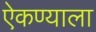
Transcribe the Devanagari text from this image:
ऐकण्याला